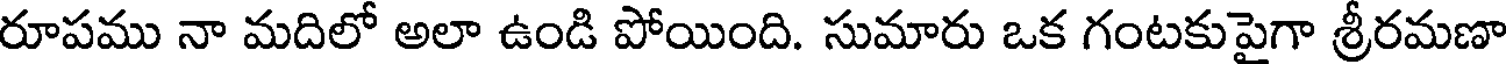
రూపము నా మదిలో అలా ఉండి పోయింది. సుమారు ఒక గంటకుపైగా శ్రీరమణా